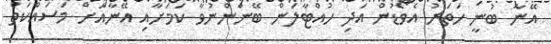
އޭނާ ބުނީ ހަތަރު އެވޯޑުން އަދި ހުއްޓާލަން ބޭނުންނުވާ ކަމަށާއި އޭނާއަށް މަސައްކަތް